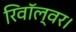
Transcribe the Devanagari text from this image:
रिवॉल्वर।